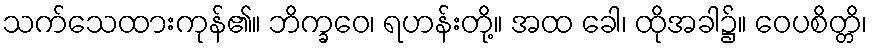
သက်သေထားကုန်၏။ ဘိက္ခဝေ၊ ရဟန်းတို့။ အထ ခေါ၊ ထိုအခါ၌။ ဝေပစိတ္တိ၊